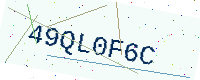
Text: 49QL0F6C